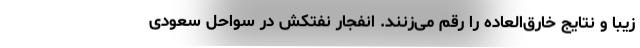
زیبا و نتایج خارق‌العاده را رقم می‌زنند. انفجار نفتکش در سواحل سعودی